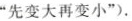
“先变大再变小”).